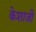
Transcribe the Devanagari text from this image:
केशाजी